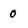
Character: 0